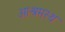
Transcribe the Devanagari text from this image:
आश्रमस्थ